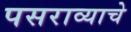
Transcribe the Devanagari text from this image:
पसराव्याचे